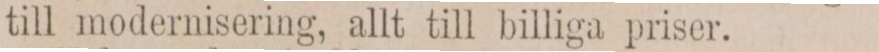
till modernisering, allt till billiga priser.